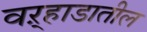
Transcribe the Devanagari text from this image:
वऱ्हाडातील